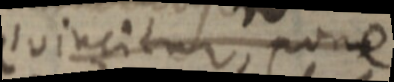
eo incitur, pone